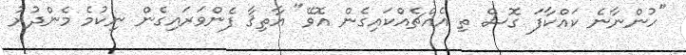
"ހުންނާނެ ކައްކާފަ ގޮސް ތި އެއްޗެއްކައިގެން އޮވޭ" އާތިޤާ ފެންވަރައިގެން ނިކުމެ މެންދުރު